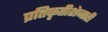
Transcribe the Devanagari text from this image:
प्रतिकृतीशेजारी